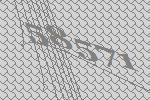
58571